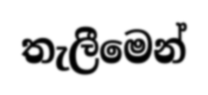
තැලීමෙන්